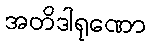
အတိဒါရုဏော